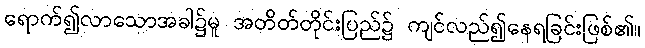
ရောက်၍လာသောအခါ၌မူ အတိတ်တိုင်းပြည်၌ ကျင်လည်၍နေရခြင်းဖြစ်၏။